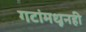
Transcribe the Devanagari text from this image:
गटांमधूनही